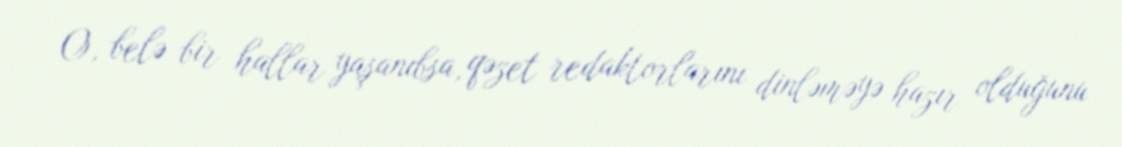
O, belə bir hallar yaşanıbsa, qəzet redaktorlarını dinləməyə hazır olduğunu